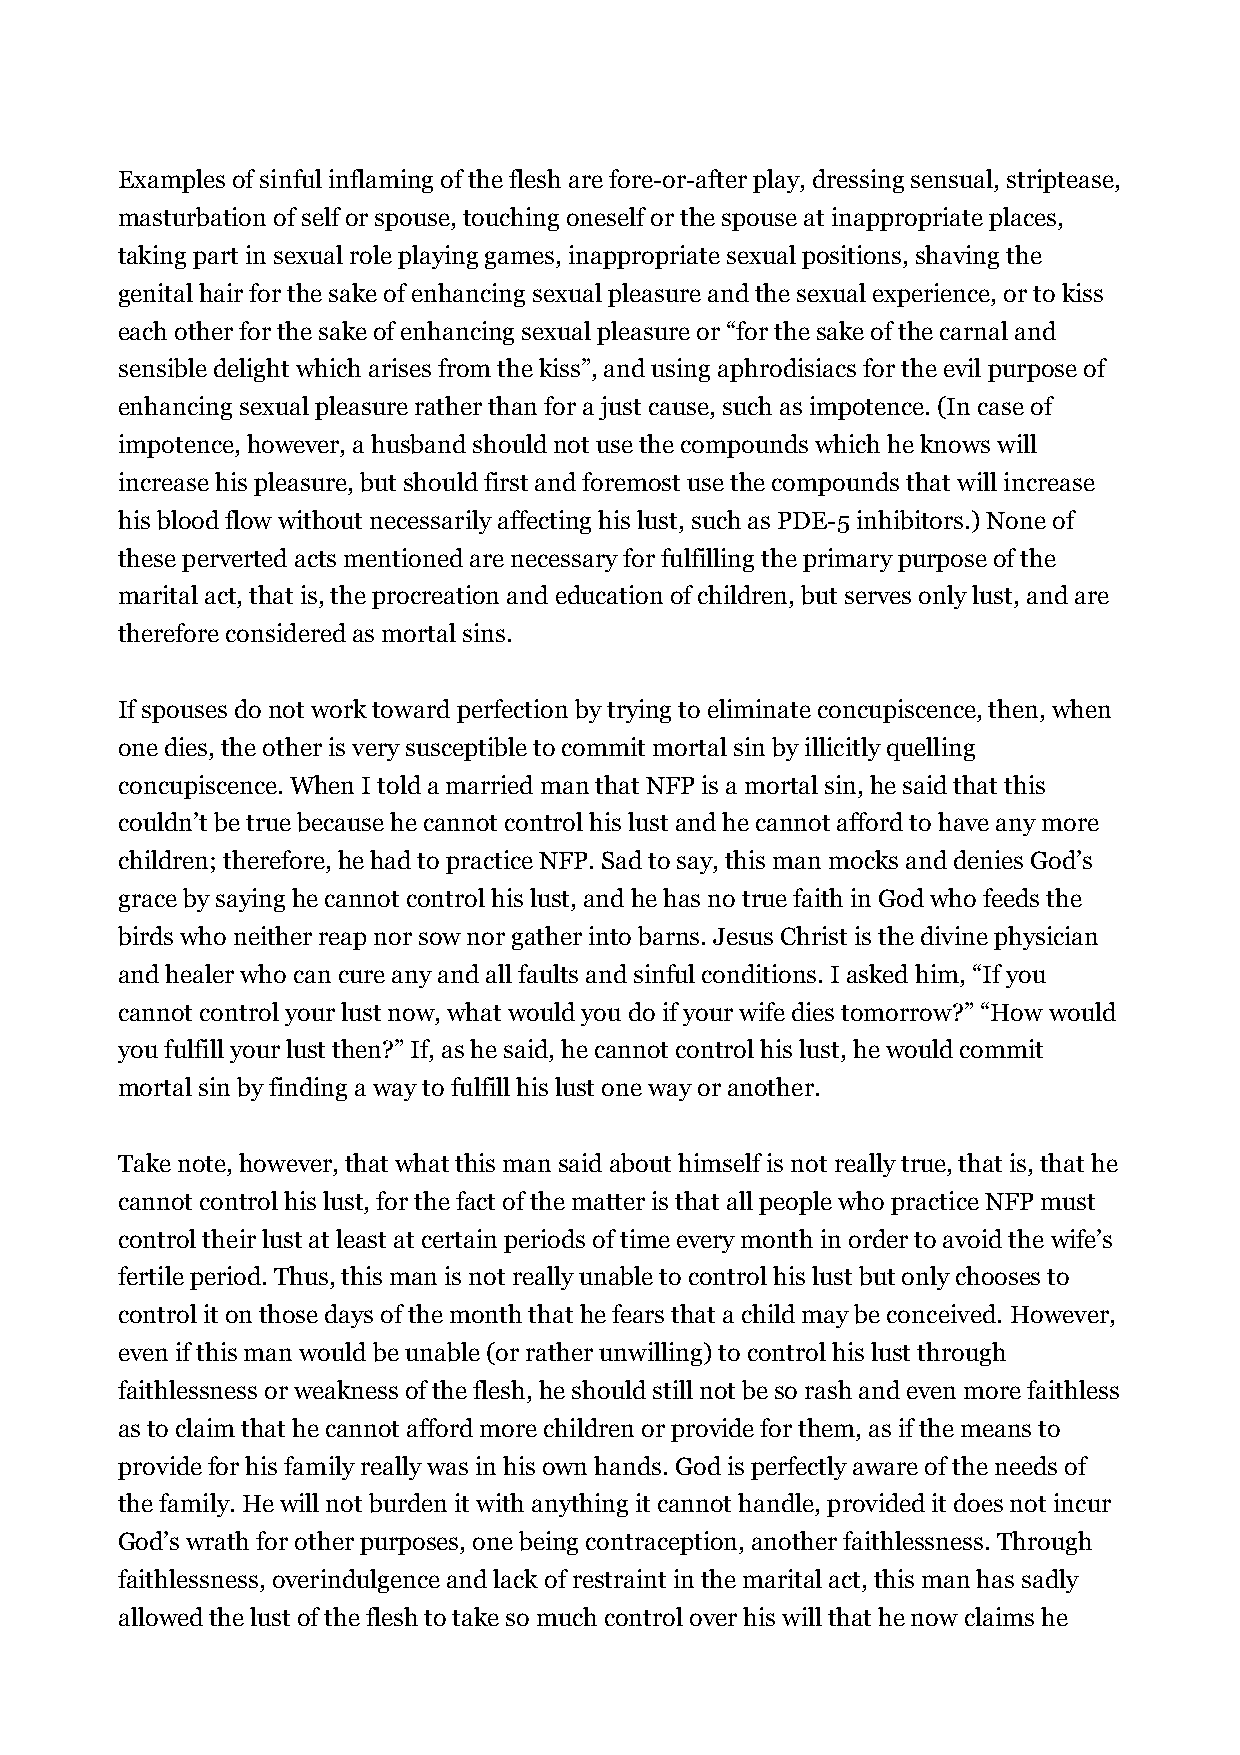
Examples of sinful inflaming of the flesh are fore-or-after play, dressing sensual, striptease,
 masturbation of self or spouse, touching oneself or the spouse at inappropriate places,
 taking part in sexual role playing games, inappropriate sexual positions, shaving the
 genital hair for the sake of enhancing sexual pleasure and the sexual experience, or to kiss
 each other for the sake of enhancing sexual pleasure or “for the sake of the carnal and
 sensible delight which arises from the kiss”, and using aphrodisiacs for the evil purpose of
 enhancing sexual pleasure rather than for a just cause, such as impotence. (In case of
 impotence, however, a husband should not use the compounds which he knows will
 increase his pleasure, but should first and foremost use the compounds that will increase
 his blood flow without necessarily affecting his lust, such as PDE-5 inhibitors.) None of
 these perverted acts mentioned are necessary for fulfilling the primary purpose of the
 marital act, that is, the procreation and education of children, but serves only lust, and are
 therefore considered as mortal sins.
 If spouses do not work toward perfection by trying to eliminate concupiscence, then, when
 one dies, the other is very susceptible to commit mortal sin by illicitly quelling
 concupiscence. When I told a married man that NFP is a mortal sin, he said that this
 couldn’t be true because he cannot control his lust and he cannot afford to have any more
 children; therefore, he had to practice NFP. Sad to say, this man mocks and denies God’s
 grace by saying he cannot control his lust, and he has no true faith in God who feeds the
 birds who neither reap nor sow nor gather into barns. Jesus Christ is the divine physician
 and healer who can cure any and all faults and sinful conditions. I asked him, “If you
 cannot control your lust now, what would you do if your wife dies tomorrow?” “How would
 you fulfill your lust then?” If, as he said, he cannot control his lust, he would commit
 mortal sin by finding a way to fulfill his lust one way or another.
 Take note, however, that what this man said about himself is not really true, that is, that he
 cannot control his lust, for the fact of the matter is that all people who practice NFP must
 control their lust at least at certain periods of time every month in order to avoid the wife’s
 fertile period. Thus, this man is not really unable to control his lust but only chooses to
 control it on those days of the month that he fears that a child may be conceived. However,
 even if this man would be unable (or rather unwilling) to control his lust through
 faithlessness or weakness of the flesh, he should still not be so rash and even more faithless
 as to claim that he cannot afford more children or provide for them, as if the means to
 provide for his family really was in his own hands. God is perfectly aware of the needs of
 the family. He will not burden it with anything it cannot handle, provided it does not incur
 God’s wrath for other purposes, one being contraception, another faithlessness. Through
 faithlessness, overindulgence and lack of restraint in the marital act, this man has sadly
 allowed the lust of the flesh to take so much control over his will that he now claims he